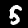
Label: 5